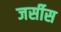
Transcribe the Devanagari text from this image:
जर्सीस